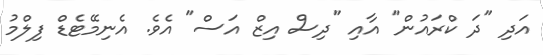
އަދި "ދަ ކްރައުން" އާއި "ދިސް އިޒް އަސް" އެވެ. އެނިމޭޓެޑް ފިލްމު